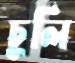
চুলি